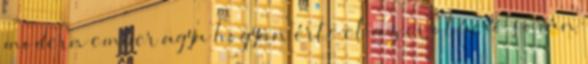
modern ember agya hogyan érte el az evolúció során